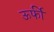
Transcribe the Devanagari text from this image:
ऊर्फी